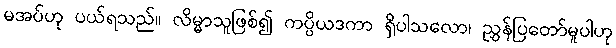
မအပ်ဟု ပယ်ရသည်။ လိမ္မာသူဖြစ်၍ ကပ္ပိယဒကာ ရှိပါသလော၊ ညွှန်ပြတော်မူပါဟု